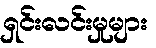
ရှင်းလင်းမှုများ